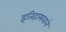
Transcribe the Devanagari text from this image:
इतिहासवाले